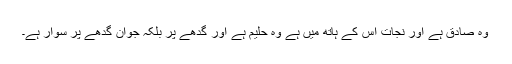
وہ صادق ہے اور نجات اس کے ہاتھ میں ہے وہ حلیم ہے اور گدھے پر بلکہ جوان گدھے پر سوار ہے۔